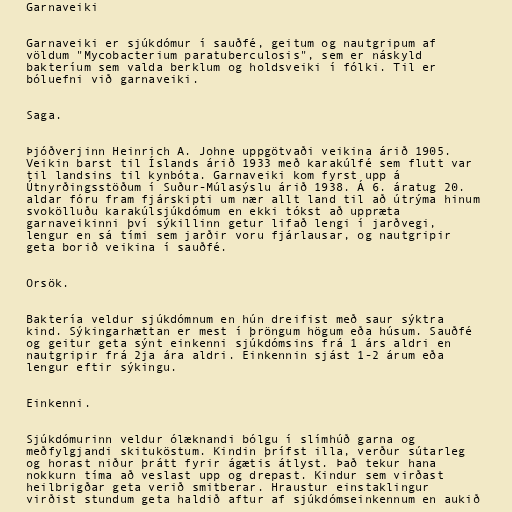
Garnaveiki

Garnaveiki er sjúkdómur í sauðfé, geitum og nautgripum af
völdum "Mycobacterium paratuberculosis", sem er náskyld
bakteríum sem valda berklum og holdsveiki í fólki. Til er
bóluefni við garnaveiki.

Saga.

Þjóðverjinn Heinrich A. Johne uppgötvaði veikina árið 1905.
Veikin barst til Íslands árið 1933 með karakúlfé sem flutt var
til landsins til kynbóta. Garnaveiki kom fyrst upp á
Útnyrðingsstöðum í Suður-Múlasýslu árið 1938. Á 6. áratug 20.
aldar fóru fram fjárskipti um nær allt land til að útrýma hinum
svokölluðu karakúlsjúkdómum en ekki tókst að uppræta
garnaveikinni því sýkillinn getur lifað lengi í jarðvegi,
lengur en sá tími sem jarðir voru fjárlausar, og nautgripir
geta borið veikina í sauðfé.

Orsök.

Baktería veldur sjúkdómnum en hún dreifist með saur sýktra
kind. Sýkingarhættan er mest í þröngum högum eða húsum. Sauðfé
og geitur geta sýnt einkenni sjúkdómsins frá 1 árs aldri en
nautgripir frá 2ja ára aldri. Einkennin sjást 1-2 árum eða
lengur eftir sýkingu.

Einkenni.

Sjúkdómurinn veldur ólæknandi bólgu í slímhúð garna og
meðfylgjandi skituköstum. Kindin þrífst illa, verður sútarleg
og horast niður þrátt fyrir ágætis átlyst. Það tekur hana
nokkurn tíma að veslast upp og drepast. Kindur sem virðast
heilbrigðar geta verið smitberar. Hraustur einstaklingur
virðist stundum geta haldið aftur af sjúkdómseinkennum en aukið